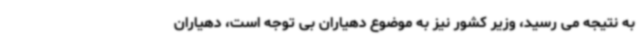
به نتیجه می رسید، وزیر کشور نیز به موضوع دهیاران بی توجه است، دهیاران